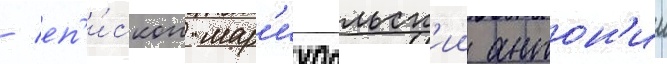
/ еп'и́скоп мар'иупольск'ии антон'ии